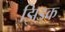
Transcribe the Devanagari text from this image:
झिडक